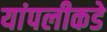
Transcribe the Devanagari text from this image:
यांपलीकडे